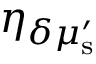
\eta _ { \delta \mu _ { \mathrm { s } } ^ { \prime } }